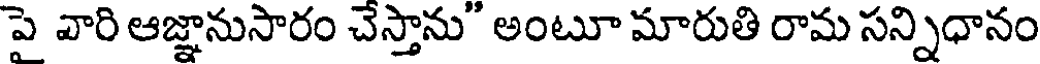
పై వారి ఆజ్ఞానుసారం చేస్తాను" అంటూ మారుతి రామ సన్నిధానం